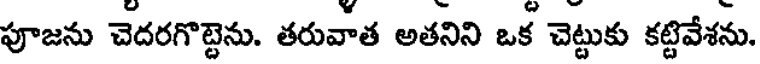
పూజను చెదరగొట్టెను. తరువాత అతనిని ఒక చెట్టుకు కట్టివేశను.